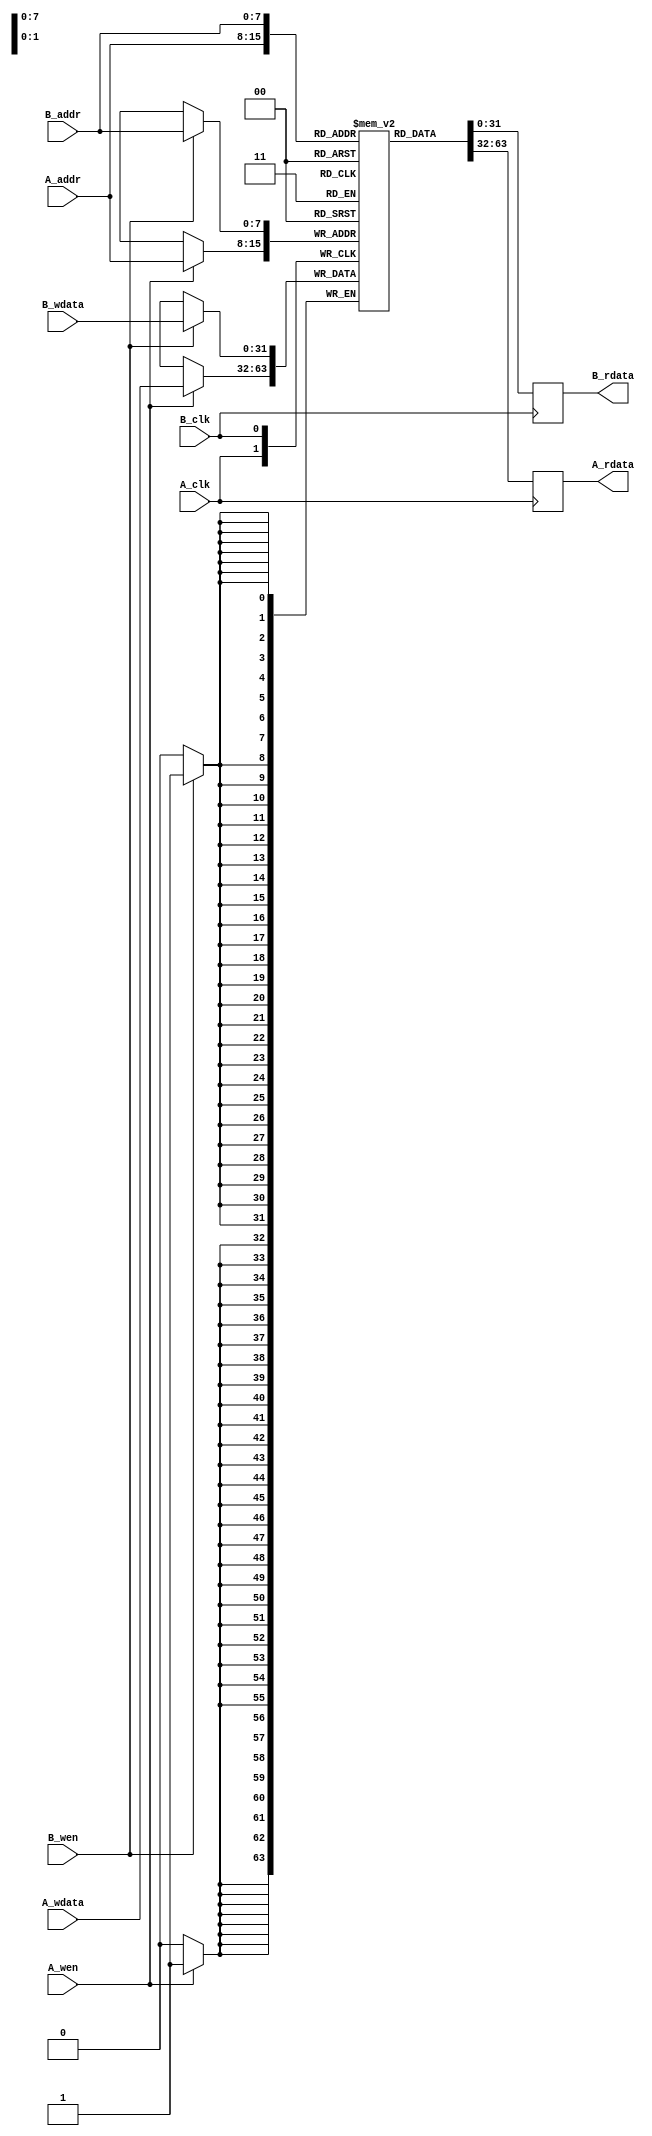
module dual_port_scratchpad_memory #(
    parameter ADDR_WIDTH = 8,     // Number of address bits
    parameter DATA_WIDTH = 32,     // Width of each data word
    parameter DEPTH = 1 << ADDR_WIDTH // Size of memory = 2^ADDR_WIDTH
)(
    // Port A
    input wire [ADDR_WIDTH-1:0] A_addr,
    input wire [DATA_WIDTH-1:0] A_wdata,
    input wire A_wen,
    input wire A_clk,
    output reg [DATA_WIDTH-1:0] A_rdata,

    // Port B
    input wire [ADDR_WIDTH-1:0] B_addr,
    input wire [DATA_WIDTH-1:0] B_wdata,
    input wire B_wen,
    input wire B_clk,
    output reg [DATA_WIDTH-1:0] B_rdata
);

    // Memory array
    reg [DATA_WIDTH-1:0] memory [0:DEPTH-1];

    // Port A - Read and Write
    always @(posedge A_clk) begin
        if (A_wen) begin
            // Write operation for Port A
            memory[A_addr] <= A_wdata;
        end
        // Read operation for Port A
        A_rdata <= memory[A_addr];
    end

    // Port B - Read and Write
    always @(posedge B_clk) begin
        if (B_wen) begin
            // Write operation for Port B
            memory[B_addr] <= B_wdata;
        end
        // Read operation for Port B
        B_rdata <= memory[B_addr];
    end

endmodule